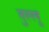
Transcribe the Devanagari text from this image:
तुल्लू